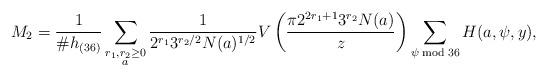
LaTeX: \begin{align*} M_2 &= \frac {1}{\#h_{(36)}}\sum_{\substack{r_1,r_2 \geq 0 \\ a }} \frac{1}{2^{r_1}3^{r_2/2}N(a)^{1/2}}V \left(\frac{\pi 2^{2r_1+1}3^{r_2}N(a) }{z} \right)\sum_{\psi \bmod {36}}H(a, \psi, y),\end{align*}